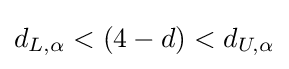
d_{L,\alpha }<(4-d)<d_{U,\alpha }